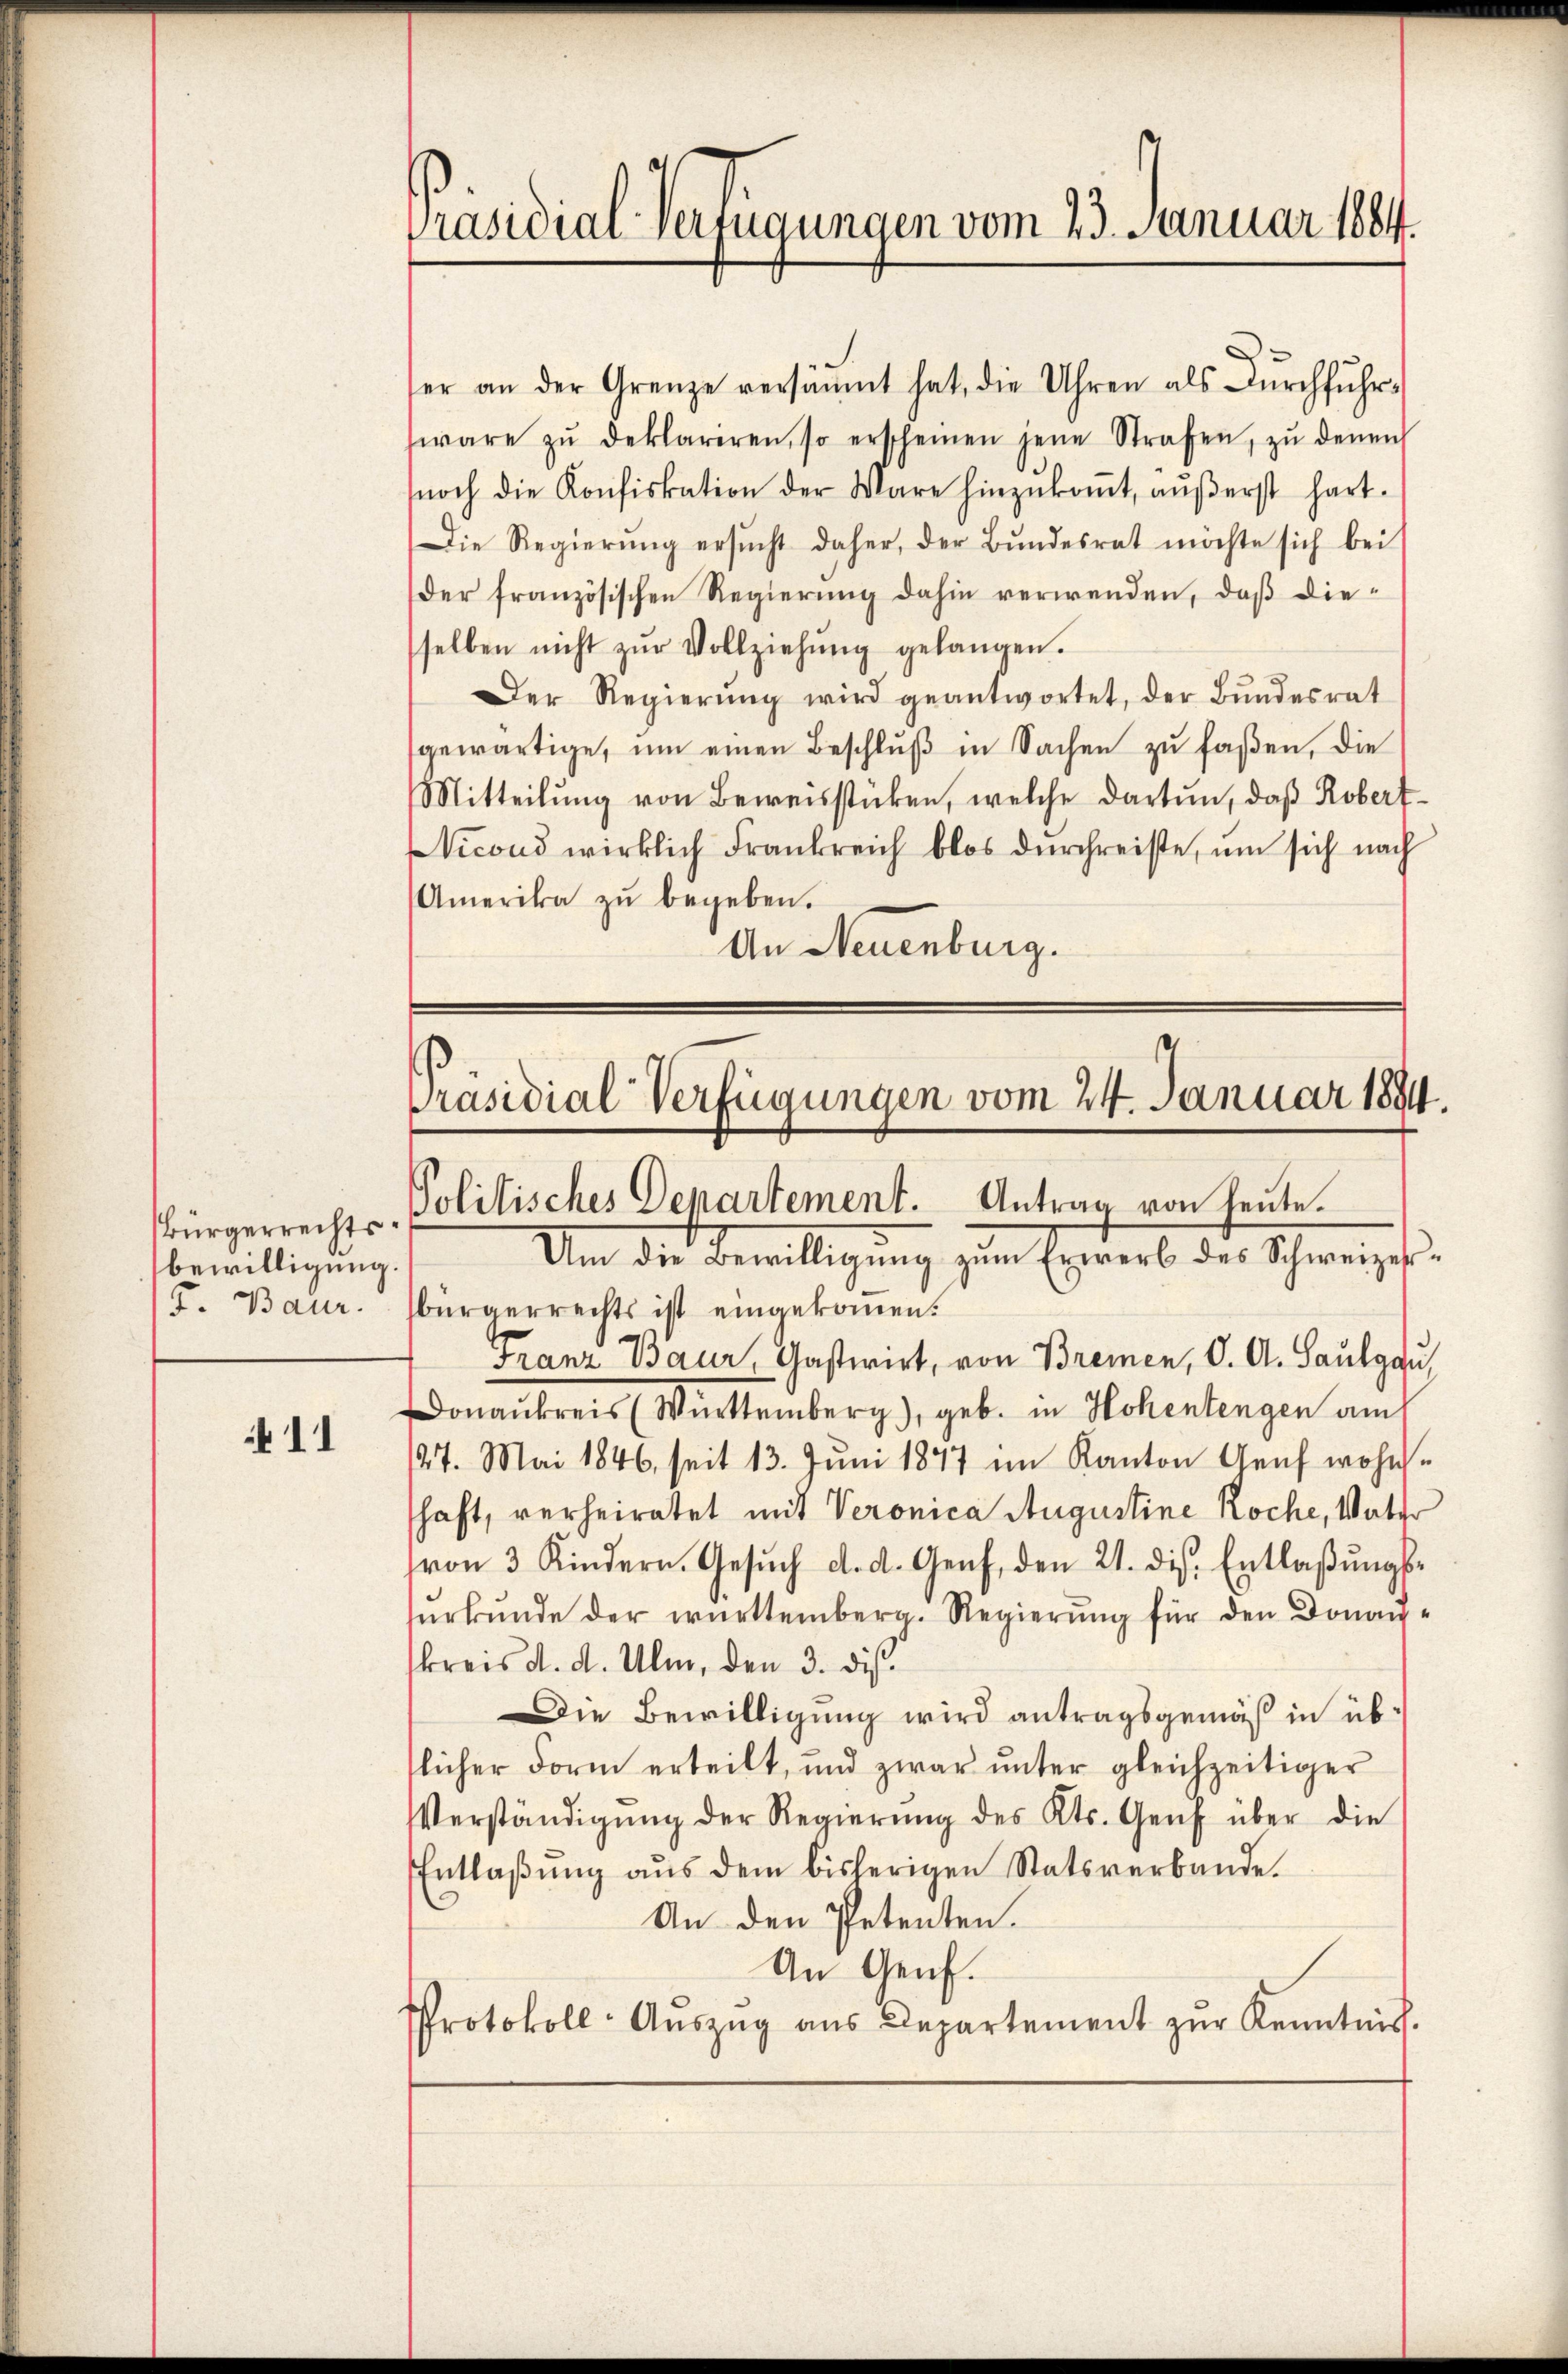
bewilligung.

11

Präsidial-Verfügungen vom 23. Januar 1884.

ser an der Grenze versäumt hat, die Uhren als Dŭrchfŭhr-
wäre zŭ deklariren, so erscheinen jene Strafen, zŭ denen
noch die Konfiskation der Ware hinzŭkoṁt, aŭβerst hart.
Die Regierŭng ersŭcht daher, der Bŭndesrat möchte sich bei
der französischen Regierŭng dahin verwenden, daβ die-
selben nicht zŭr Vollziehŭng gelangen.
Der Regierŭng wird geantwortet, der Bŭndesrat
gewärtige, ŭm einen Beschlŭβ in Sachen zŭ faßen, die
Mitteilung von Beweisstücken, welche dartun, daß Robert¬
NVicond wirklich Frankreich blos dŭrchreiste, um sich nach
Amerika zŭ begeben.
An Neuenburg.

Präsidial-Verfügungen vom 24. Januar 1894.
Bürgerrecht u. Politisches Departement. Antrag von heute.

Um die Bewilligung zum Erwerb des Schweizes¬
F. Baur. Bürgerrechts ist eingekoṁen.
Franz Baur, Gastwirt, von Bremen, C. A. Saulgau,
Donaukreis (Württemberg), geb. in Hohentengen am
27. Mai 1846, seit 13. Juni 1877 im Kanton Genf wohnhaft, verheiratet mit Veronica Augustine Koche, Vater
von 3 Kindern. Gesŭch d. d. Genf, den 21. ds. Entlaβŭngs-
ŭrkŭnde der württemberg. Regierung für den Donau-
kreis d. d. Ulm, den 3. dies
Die Bewilligung wird antragsgemäß in üblicher Form erteilt, und zwar ŭnter gleichzeitiger
Verständigŭng der Regierŭng des Kts. Genf über die
Entlaβŭng aŭs dem bisherigen Statsverbande.
An den Petenten.
An Genf.
Protokoll- Auszug aus Departement zur Kenntnis.